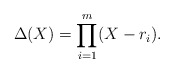
\begin{align*}\Delta(X)= \prod_{i=1}^m (X - r_i).\end{align*}